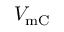
V _ { \mathrm { { m C } } }